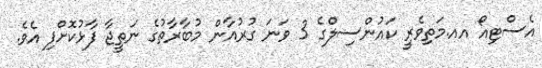
އެސްޓިއޯ އއ.މަތިވެރީ ކައުންސިލްގެ 3 ވަނަ ގުރުއާން މުބާރާތުގެ ނަތީޖާ ފާޅުކޮށްފި އެވެ.